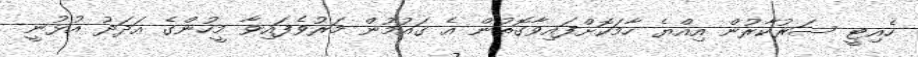
ހެއިޓީ ސަރުކާރުން އިއްޔެ ހާމަކޮށްފައިވާގޮތުން އެ ގައުމުން މަރުވެފައިވާ މީހުންގެ އަދަދު އުޅުނީ